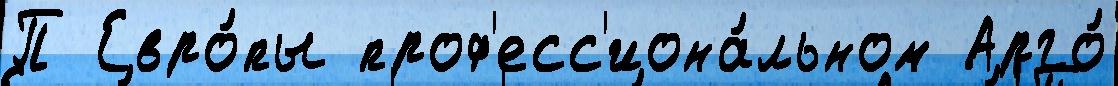
П Евро́пы проф'есс'иона́льном Арго́